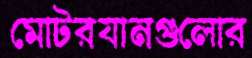
মোটরযানগুলোর